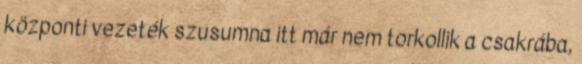
központi vezeték szusumna itt már nem torkollik a csakrába,